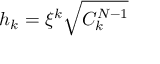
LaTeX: h _ { k } = \xi ^ { k } \sqrt { C _ { k } ^ { N - 1 } }